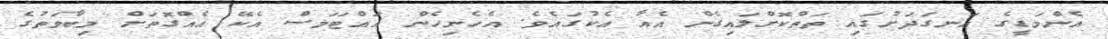
އެންމަޑީގެ އަނގަދަށުގައި ތަތްކޮށްލައިގެން އެއާ އެކުގައެވެ. އެހެނިހެން އައްޓަމަސް އެކޭ އެއްގޮތަށް މިބާވަތުގެ